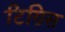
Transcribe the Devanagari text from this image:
टिग्रिस